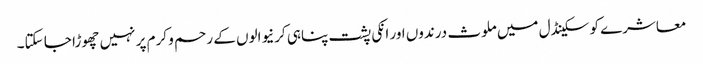
معاشرے کو سکینڈل میں ملوث درندوں اور انکی پشت پناہی کرنیوالوں کے رحم و کرم پر نہیں چھوڑا جا سکتا۔